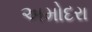
અમોદરા